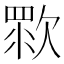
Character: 𣣴